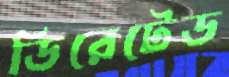
ডিরেটেড